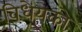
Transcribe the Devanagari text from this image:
विधेयको